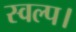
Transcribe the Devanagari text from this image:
स्वल्प।